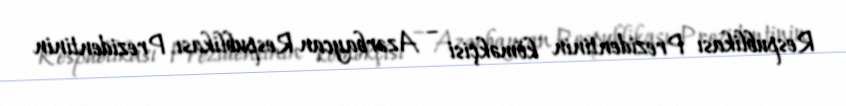
Respublikası Prezidentinin köməkçisi − Azərbaycan Respublikası Prezidentinin